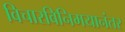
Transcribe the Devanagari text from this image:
विचारविनिमयानंतर